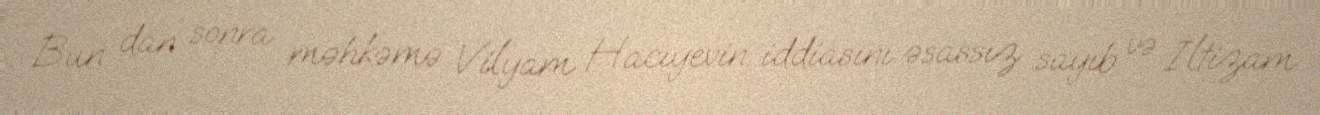
Bun dan sonra məhkəmə Vilyam Hacıyevin iddiasını əsassız sayıb və İltizam